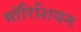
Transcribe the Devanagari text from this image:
मॉरिशियन